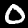
Digit: 0